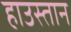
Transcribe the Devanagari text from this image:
हाउस्तान